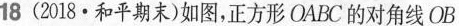
18(2018·和平期末)如图，正方形OABC的对角线OB